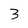
Character: 3